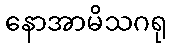
နောအာမိသဂရု